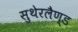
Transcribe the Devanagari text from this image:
सुथेरलैण्ड